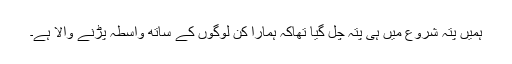
ہمیں پتہ شروع میں ہی پتہ چل گیا تھاکہ ہمارا کن لوگوں کے ساتھ واسطہ پڑنے والا ہے۔